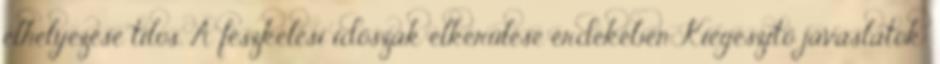
elhelyezése tilos. A fészkelési időszak elkerülése érdekében Kiegészítő javaslatok: